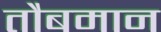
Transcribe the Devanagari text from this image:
तौबमान